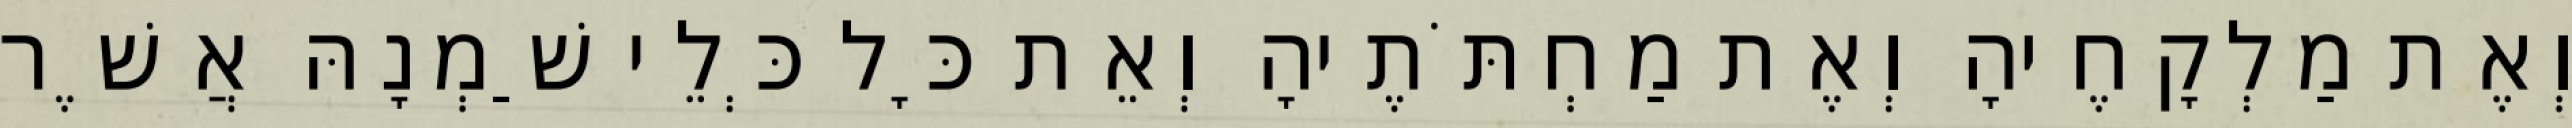
וְאֶת מַלְקָחֶיהָ וְאֶת מַחְתֹּתֶיהָ וְאֵת כָּל כְּלֵי שַׁמְנָהּ אֲשֶׁר